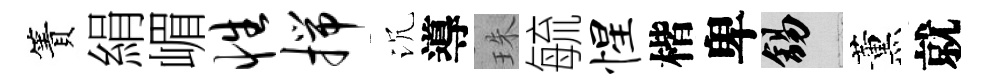
簀絹嵋性揣沉導珠毓惺楷卑錫薰就